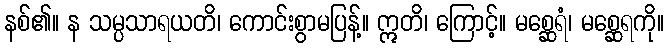
နစ်၏။ န သမ္ပသာရယတိ၊ ကောင်းစွာမပြန့်။ ဣတိ၊ ကြောင့်။ မစ္ဆေရံ၊ မစ္ဆေရကို။